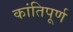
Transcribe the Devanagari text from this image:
कांतिपूर्ण